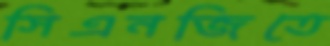
সিএনজিতে